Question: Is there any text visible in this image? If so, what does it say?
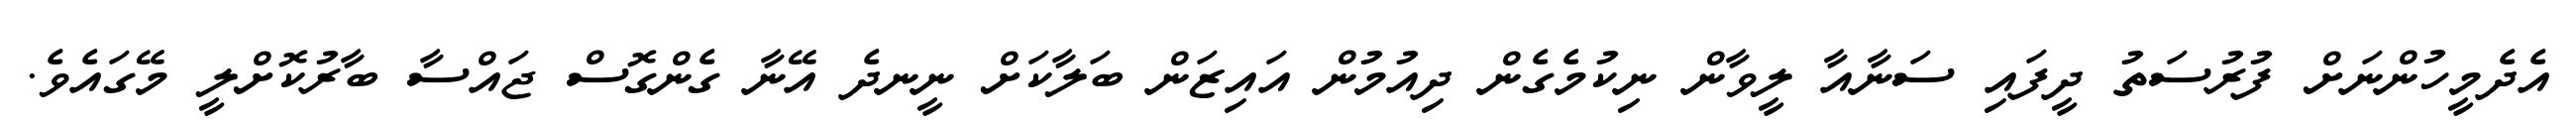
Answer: އެދެމީހުންނަށް ފުރުސަތު ދީފައި ސަނާއާ ލީވާން ނިކުމެގެން ދިއުމުން އައިޒަން ބަލާކަށް ނީނދެ އޭނާ ގެންގޮސް ޖައްސާ ބާރުކޮށްލީ މޭގައެވެ.